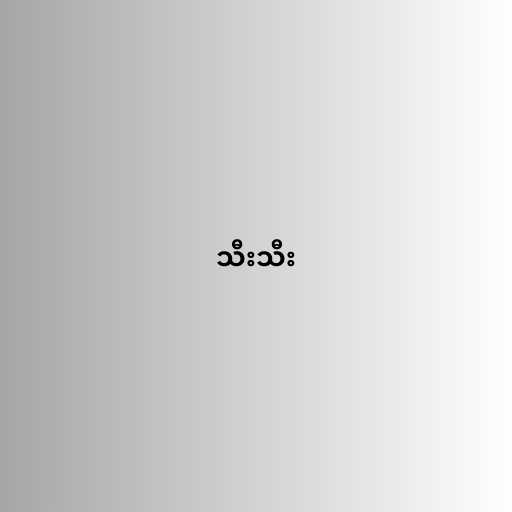
သီးသီး